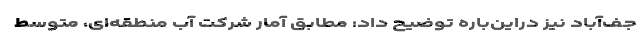
جف‌آباد نیز دراین‌باره توضیح داد: مطابق آمار شرکت آب منطقه‌ای، متوسط